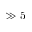
\gg 5